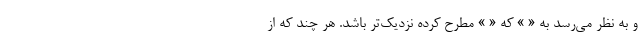
و به نظر می‌رسد به « » که « » مطرح کرده نزدیک‌تر باشد. هر چند که از